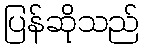
ပြန်ဆိုသည်